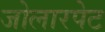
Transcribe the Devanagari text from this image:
जोलारपेट